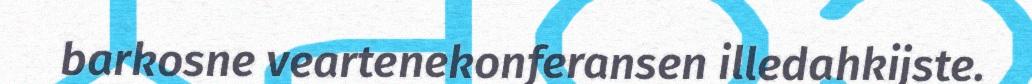
barkosne veartenekonferansen illedahkijste.